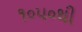
૧૦૫૦થી